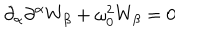
\partial _ { \alpha } \partial ^ { \alpha } W _ { \beta } + \omega _ { 0 } ^ { 2 } W _ { \beta } = 0